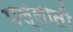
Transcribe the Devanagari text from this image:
पल्लाती